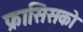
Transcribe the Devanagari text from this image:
फ्रासिसको